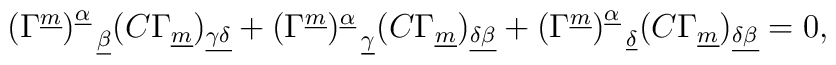
(\Gamma^{\underline m})^{\underline\alpha}_{~~\underline\beta}(C\Gamma_{\underline m})_{\underline{\gamma\delta}}+(\Gamma^{\underline m})^{\underline\alpha}_{~~\underline\gamma}(C\Gamma_{\underline m})_{\underline{\delta\beta}}+(\Gamma^{\underline m})^{\underline\alpha}_{~~\underline\delta}(C\Gamma_{\underline m})_{\underline{\delta\beta}}=0,